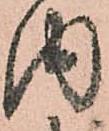
内